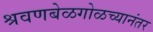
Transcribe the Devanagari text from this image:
श्रवणबेळगोळच्यानंतर